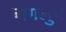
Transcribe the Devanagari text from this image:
बागलुंग